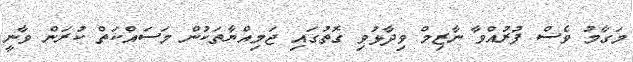
މަގާމު ވެސް ފުރުއްވާ ނާޒިމް ވިދާޅުވި ގޮތުގައި ޖަމިއްޔާތަކުން މަސައްކަތް ކުރަން ވާނީ